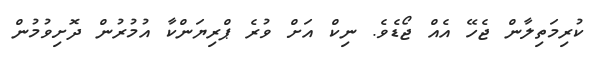
ކުރިމަތިލާން ޖެހޭ އެއް ޖޯޑެވެ. ނިކް އަށް ވުރެ ޕްރިޔަންކާ އުމުރުން ދޮށިވުމުން